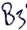
Text: B3